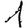
Digit: 1